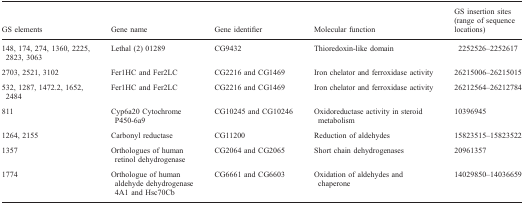
| GS elements | Gene name | Gene identifier | Molecular function | GS insertion sites (range of sequence locations) |
 | --- | --- | --- | --- | --- |
 | 148, 174, 274, 1360, 2225, 2823, 3063 | Lethal (2) 01289 | CG9432 | Thioredoxin-like domain | 2252526–2252617 |
 | 2703, 2521, 3102 | Fer1HC and Fer2LC | CG2216 and CG1469 | Iron chelator and ferroxidase activity | 26215006–26215015 |
 | 532, 1287, 1472.2, 1652, 2484 | Fer1HC and Fer2LC | CG2216 and CG1469 | Iron chelator and ferroxidase activity | 26212564–26212784 |
 | 811 | Cyp6a20 Cytochrome P450-6a9 | CG10245 and CG10246 | Oxidoreductase activity in steroid metabolism | 10396945 |
 | 1264, 2155 | Carbonyl reductase | CG11200 | Reduction of aldehydes | 15823515–15823522 |
 | 1357 | Orthologues of human retinol dehydrogenase | CG2064 and CG2065 | Short chain dehydrogenases | 20961357 |
 | 1774 | Orthologue of human aldehyde dehydrogenase 4A1 and Hsc70Cb | CG6661 and CG6603 | Oxidation of aldehydes and chaperone | 14029850–14036659 |